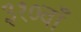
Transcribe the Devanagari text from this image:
३१०वाँ